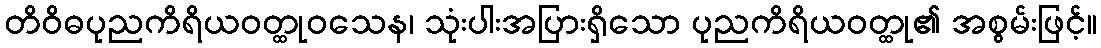
တိဝိဓပုညကိရိယဝတ္ထုဝသေန၊ သုံးပါးအပြားရှိသော ပုညကိရိယဝတ္ထု၏ အစွမ်းဖြင့်။